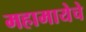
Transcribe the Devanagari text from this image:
महामायेचे